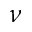
\nu